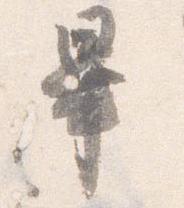
畢